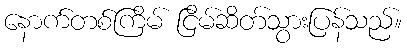
နောက်တစ်ကြိမ် ငြိမ်ဆိတ်သွားပြန်သည်။